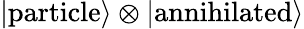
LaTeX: \left|\textrm{particle}\right\rangle\otimes\left|\textrm{annihilated}\right\rangle